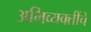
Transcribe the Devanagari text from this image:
अभिव्यक्तींचे